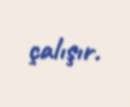
çalışır.